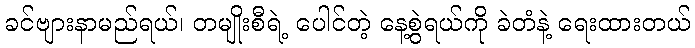
ခင်ဗျားနာမည်ရယ်၊ တမျိုးစီရဲ့ ပေါင်တဲ့ နေ့စွဲရယ်ကို ခဲတံနဲ့ ရေးထားတယ်